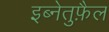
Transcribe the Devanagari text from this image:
इब्नेतुफ़ैल